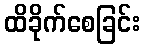
ထိခိုက်စေခြင်း